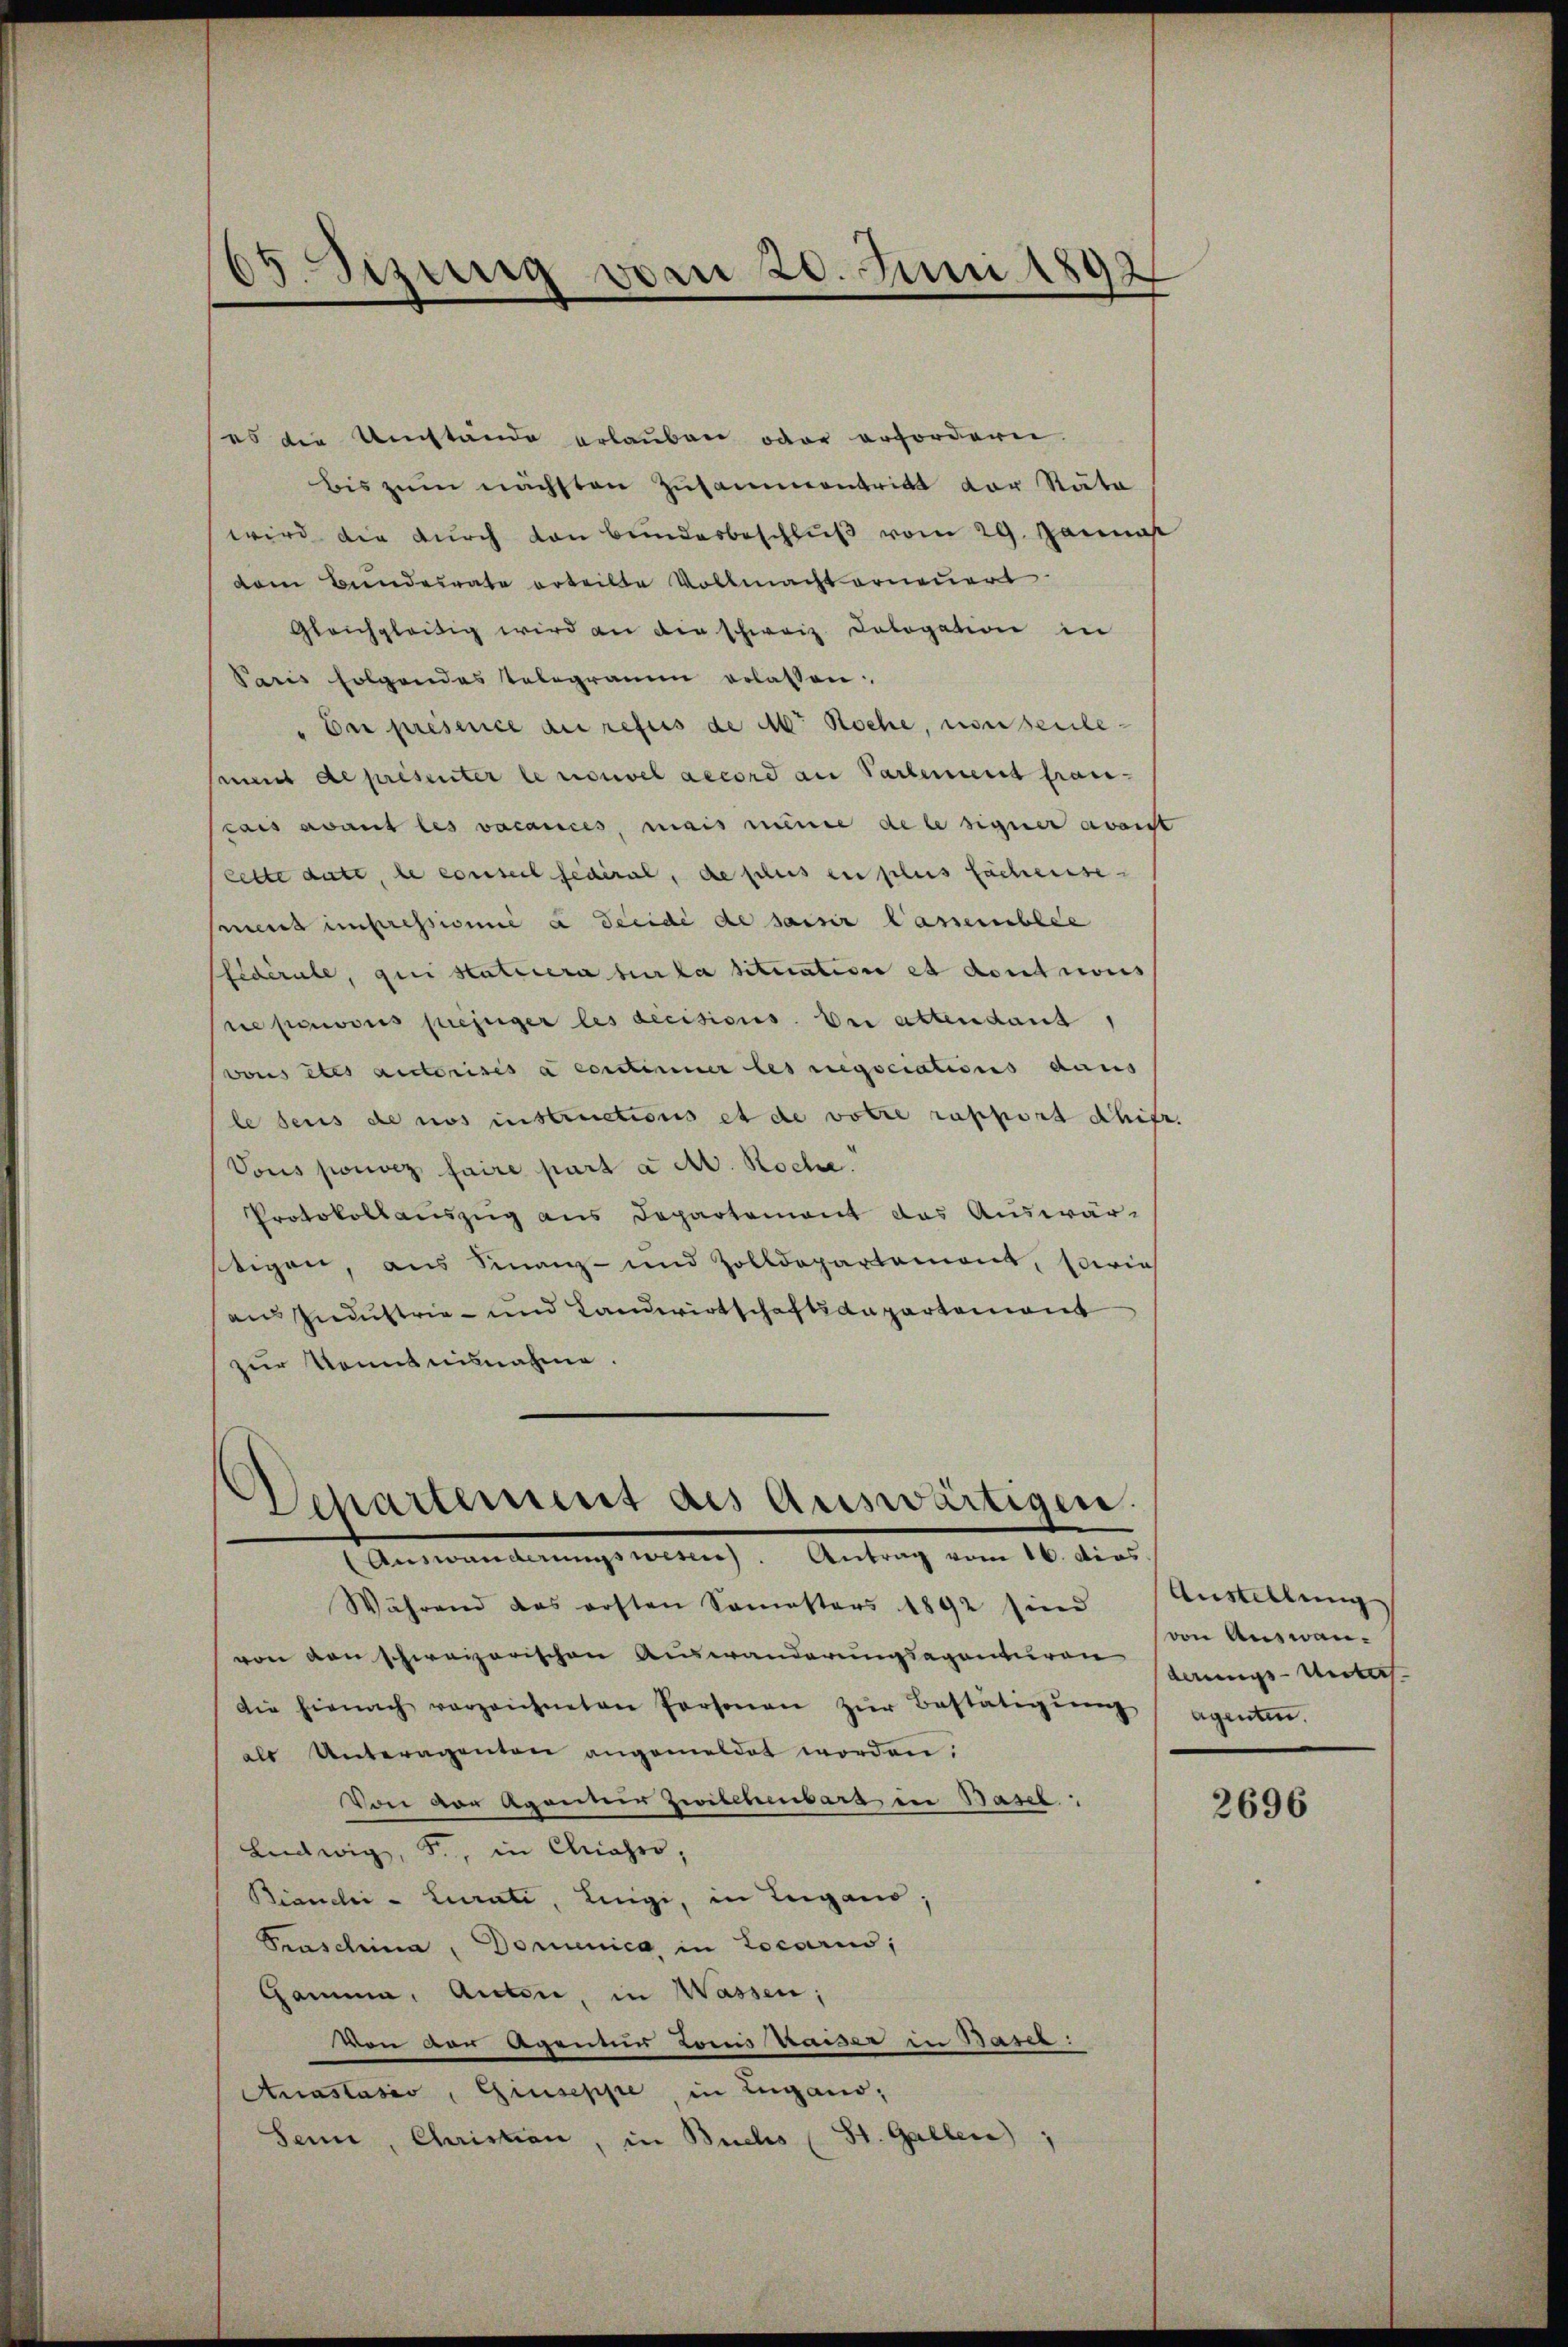
6
5.Sizung vom 20. Juni 1892.
d

es die Umstände erlauben oder erfordern.
bis zum nächsten Zusammentritt der Stäte
wird die durch von Bunderbeschlŭβ vom 29. Janua
dem Bundesrate erteilte Vollmacht erneuert.
Gleichgleitig wird an die schweiz. Cologation in
Paris folgendes Telegramm erlassen.
" Der présence du refus de Mr. Koche, non seule-
semit de présenter le nouvel accord an Partement fran-
Prais avant les vacances, mais minie de le signer avant
cette date, le conseil fédéral, de plus en plus Fachensemens impressionné à decidi de saisir lassemblie
Pfédérale, qui statiera sur la situation et dont cons
srepavous pujuger les decisions. Dei attendant,
vous êtes auctorisés a constimmer les regociations dans
le seis de nos instructions et de votre rapport Chifr.
Vous pouvez faire part à dr. Roche
Protokollauszug aus Departement das Auswär-
stigen, aus Finanz- und Zolldepartemont, sowie
an Industrie - und Landwirtschaft anpartement
zur Kenntnisnahme.

Departement des Auswärtigen.
Ammanderungsweich, Antrag vom 16. dies

Während das ersten Samastors 1892 sind
von von schweizerischen Auswanderungsagenturen springe-Unters.
Die hienach vorzeichneten Personen zŭr Bestätigŭng agenten.
als Unteragenten angemeldet worden.
Von von Agenner Zwischenbars in Basel
Ludwig, Fr., in Clahro,
Biandić - Curati, Lingi, in Lugano,
Praschina, Domenica in Locarius,
Gamma, Autore, in Wassen;
Von der Agenmus Loms kaiser in Basel:
Anastasio, Giuseppe, in Lugano,
Seine, Christian, in Buchs (St. Gallen

Austellung
von Auswan¬

2696